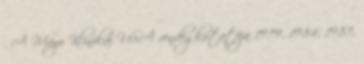
. A Mayo Klinikai USA vendégkutatója 1979, 1984, 1987,